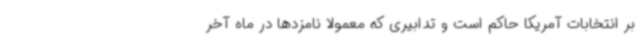
بر انتخابات آمریکا حاکم است و تدابیری که معمولا نامزدها در ماه آخر